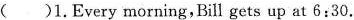
( )1.Every morning,Bill gets up at 6:30.